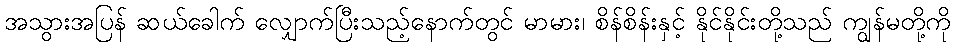
အသွားအပြန် ဆယ်ခေါက် လျှောက်ပြီးသည့်နောက်တွင် မာမား၊ စိန်စိန်းနှင့် နိုင်နိုင်းတို့သည် ကျွန်မတို့ကို